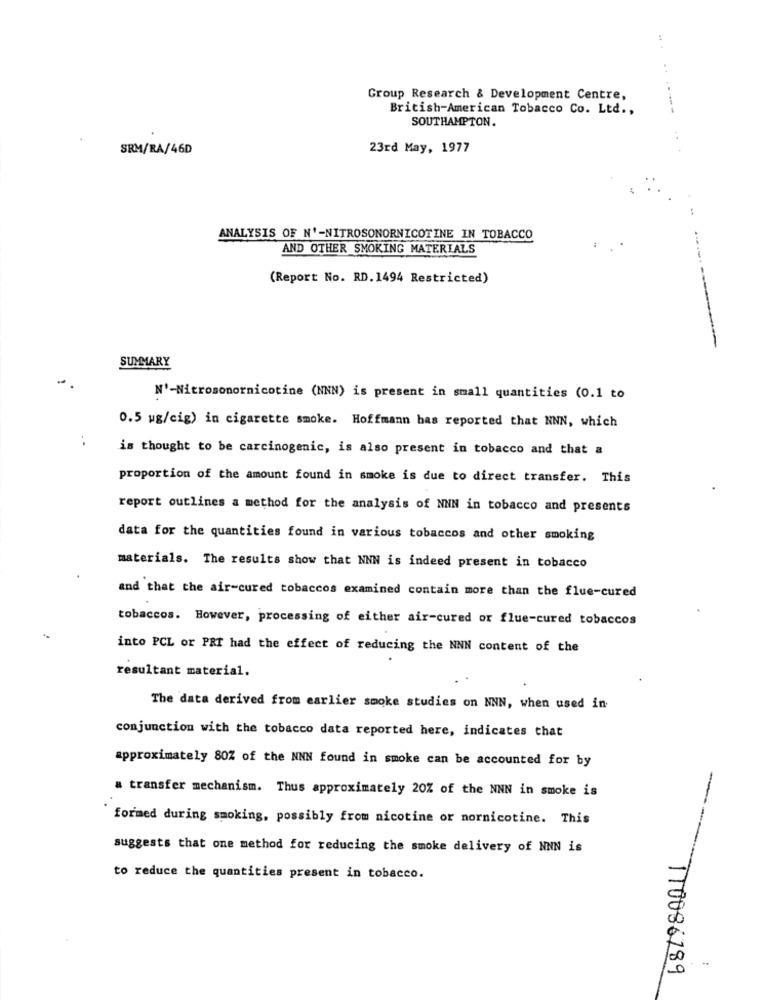
..
Group Research & Development Centre,
British-American Tobacco Co. Ltd .,
----
SOUTHAMPTON.
SRM/RA/46D
23rd May, 1977
ANALYSIS OF N'-NITROSONORNICOTINE IN TOBACCO
AND OTHER SMOKING MATERIALS
(Report No. RD.1494 Restricted)
SUMMARY
N'-Nitrosonornicotine (NNN) is present in small quantities (0.1 to
0.5 ug/cig) in cigarette smoke. Hoffmann has reported that NNN, which
..
is thought to be carcinogenic, is also present in tobacco and that a
proportion of the amount found in smoke is due to direct transfer. This
report outlines a method for the analysis of NNN in tobacco and presents
data for the quantities found in various tobaccos and other smoking
materials. The results show that NNN is indeed present in tobacco
and that the air-cured tobaccos examined contain more than the flue-cured
tobaccos. However, processing of either air-cured or flue-cured tobaccos
into PCL or PRI had the effect of reducing the NNN content of the
resultant material.
The data derived from earlier smoke studies on NNN, when used in
conjunction with the tobacco data reported here, indicates that
approximately 80% of the NNN found in smoke can be accounted for by
transfer mechanism. Thus approximately 20% of the NNN in smoke is
formed during smoking, possibly from nicotine or nornicotine. This
suggests that one method for reducing the smoke delivery of NNN is
to reduce the quantities present in tobacco.
TT0086789